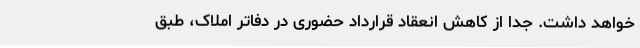
خواهد داشت. جدا از کاهش انعقاد قرارداد حضوری در دفاتر املاک، طبق